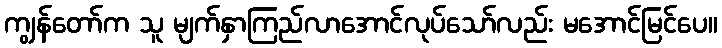
ကျွန်တော်က သူ မျက်နှာကြည်လာအောင်လုပ်သော်လည်း မအောင်မြင်ပေ။